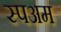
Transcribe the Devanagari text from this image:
स्पअम